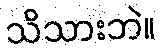
သိသားဘဲ။